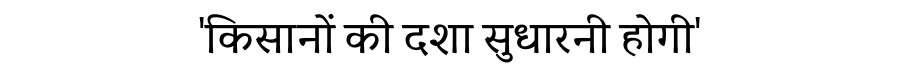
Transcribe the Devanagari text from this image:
'किसानों की दशा सुधारनी होगी'